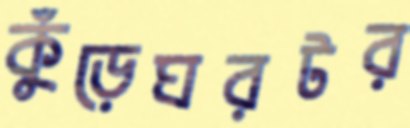
কুঁড়েঘরটর